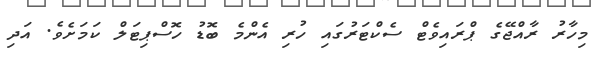
މިހާރު ރާއްޖޭގެ ޕްރައިވެޓް ސެކްޓަރުގައި ހުރި އެންމެ ބޮޑު ހޮސްޕިޓަލް ކަމަށެވެ. އަދި